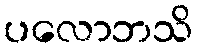
ပလောဘသိ